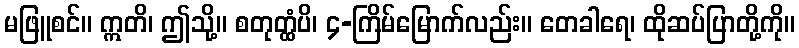
မဖြူစင်။ ဣတိ၊ ဤသို့။ စတုတ္ထံပိ၊ ၄-ကြိမ်မြောက်လည်း။ တေခါရေ၊ ထိုဆပ်ပြာတို့ကို။